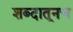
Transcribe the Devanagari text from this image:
शब्दातूनच